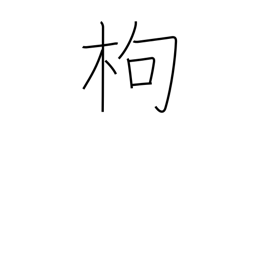
Meaning: quince tree